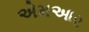
એમઆર